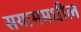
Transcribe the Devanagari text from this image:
सयाममधील